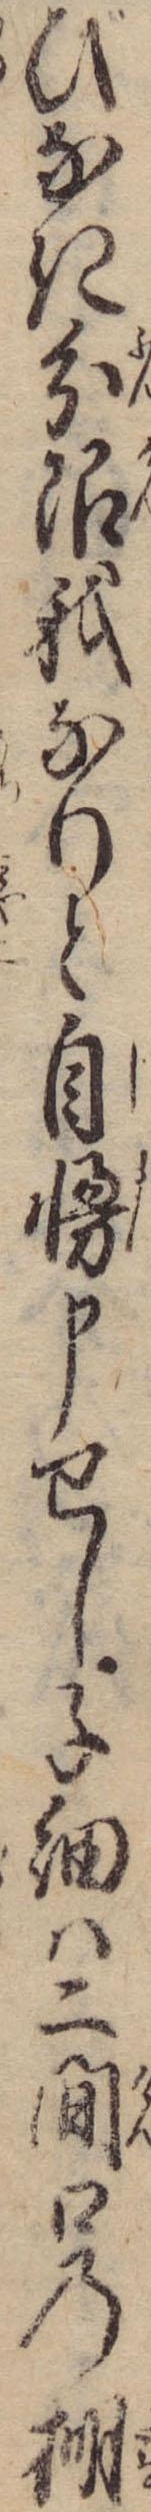
びなき分限我なりと自慢申せし子細は二間口の棚